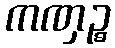
ကဏှဉ္စ